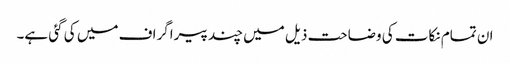
ان تمام نکات کی وضاحت ذیل میں چند پیراگراف میں کی گئی ہے۔